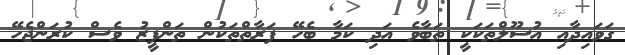
ގަވައިދާއި އުސޫލްތަކަކީ ތަބާވެ އަދި ކަމާ ބެހޭ ފަރާތްތަކުން ތަންފީޒު ވެސް ކުރަންޖެހޭ